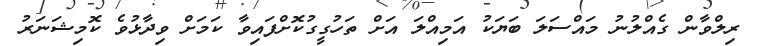
ރިލްވާން ގެއްލުނު މައްސަލަ ބަޔަކު އަމިއްލަ އަށް ތަހުގީގުކޮށްފައިވާ ކަމަށް ވިދާޅުވެ ކޮމިޝަނަރު